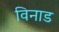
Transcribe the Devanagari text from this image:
विनाड